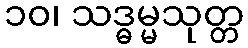
၁၀၊ သဒ္ဓမ္မသုတ္တ